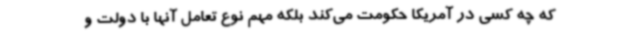
که چه کسی در آمریکا حکومت می‌کند بلکه مهم نوع تعامل آنها با دولت و